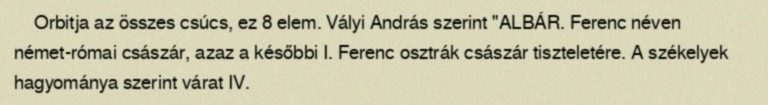
Orbitja az összes csúcs, ez 8 elem. Vályi András szerint "ALBÁR. Ferenc néven német-római császár, azaz a későbbi I. Ferenc osztrák császár tiszteletére. A székelyek hagyománya szerint várat IV.